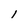
Character: 1